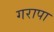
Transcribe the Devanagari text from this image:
गरापा